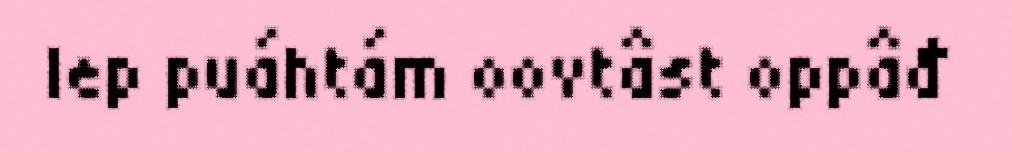
lep puáhtám oovtâst oppâđ